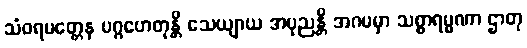
သံဝရမတ္တေန ပဂ္ဂဟေတုန္တိ သေယျာယ အပုညန္တိ အဂမမှာ သစ္စာရမ္မဏာ ဌာတု